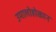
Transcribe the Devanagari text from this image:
उमालोहोकान